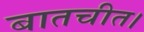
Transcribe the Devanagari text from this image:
बातचीत।